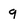
Character: g